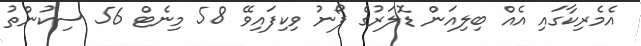
އެމެރިކާގައި އެއް ބިލިއަން ޑޮލަރުގެ ފޯނު ވިކިފައިވޭ 58 މިނެޓް 56 ސިކުންތު